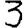
Digit: 3